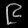
Digit: ၉